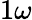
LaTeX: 1\omega